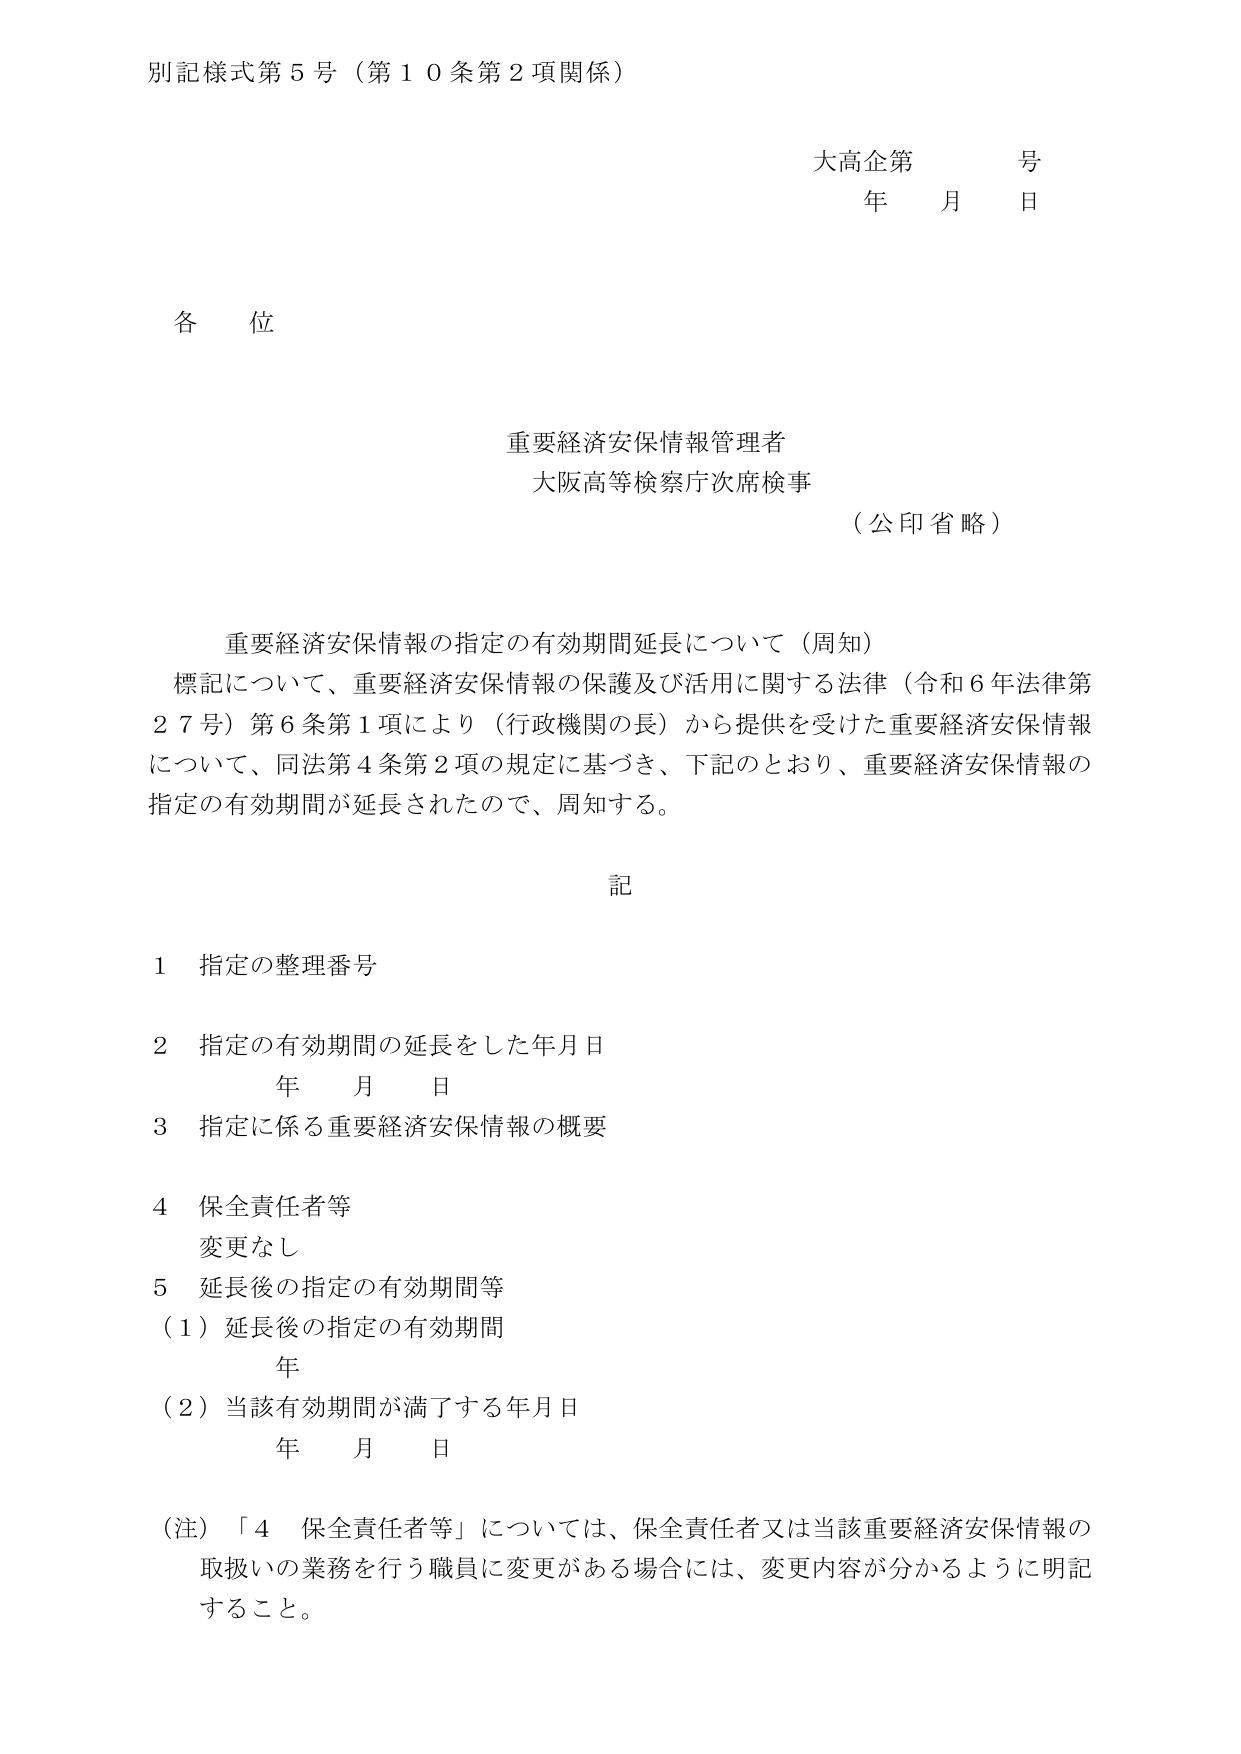
別記様式第５号（第１０条第２項関係）

大高企第　　号
年　　月　　日

各位

重要経済安保情報管理者
大阪高等検察庁次席検事
（公印省略）

重要経済安保情報の指定の有効期間延長について（周知）
標記について、重要経済安保情報の保護及び活用に関する法律（令和６年法律第２７号）第６条第１項により（行政機関の長）から提供を受けた重要経済安保情報について、同法第４条第２項の規定に基づき、下記のとおり、重要経済安保情報の指定の有効期間が延長されたので、周知する。

記

１　指定の整理番号

２　指定の有効期間の延長をした年月日
　　年　　月　　日

３　指定に係る重要経済安保情報の概要

４　保全責任者等
　　変更なし

５　延長後の指定の有効期間等
　　（１）延長後の指定の有効期間
　　　　年
　　（２）当該有効期間が満了する年月日
　　　　年　　月　　日

（注）「４　保全責任者等」については、保全責任者又は当該重要経済安保情報の取扱いの業務を行う職員に変更がある場合には、変更内容が分かるように明記すること。